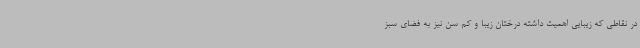
در نقاطی که زیبایی اهمیت داشته درختان زیبا و کم سن نیز به فضای سبز